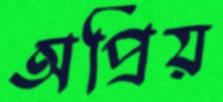
অপ্রিয়